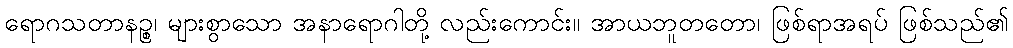
ရောဂသတာနဉ္စ၊ များစွာသော အနာရောဂါတို့ လည်းကောင်း။ အာယဘူတတော၊ ဖြစ်ရာအရပ် ဖြစ်သည်၏